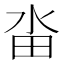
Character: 畓